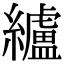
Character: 纑